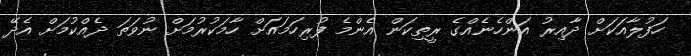
ހަފުލާއަކަށް ދާއިރު އަންހެނެއްގެ ރީތިކަން އެންމެ ފުރިހަމައަށް ހާމަކުރުމަށް ނުވަތަ ދެއްކުމަށް އެދޭ